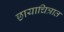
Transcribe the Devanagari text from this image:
छायाचित्रात